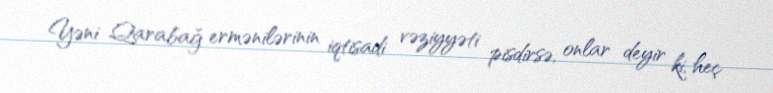
Yəni Qarabağ ermənilərinin iqtisadi vəziyyəti pisdirsə, onlar deyir ki, heç